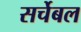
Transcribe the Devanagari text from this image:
सर्चेबल